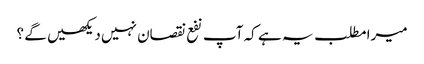
میرا مطلب یہ ہے کہ آپ نفع نقصان نہیں دیکھیں گے ؟